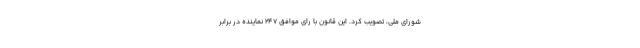
شورای ملی، تصویب کرد. این قانون با رای موافق ۲۴۷ نماینده در برابر